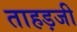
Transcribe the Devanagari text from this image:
ताहड़जी